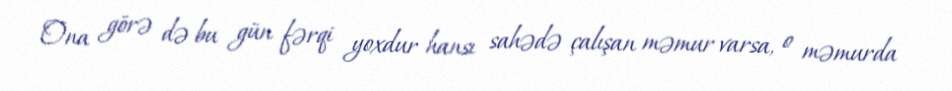
Ona görə də bu gün fərqi yoxdur hansı sahədə çalışan məmur varsa, o məmurda